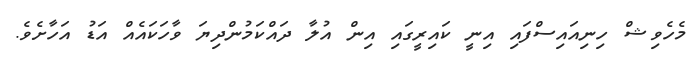
މެހެވިޝް ހިނިއައިސްފައި އިނީ ކައިރީގައި އިން އުލާ ދައްކަމުންދިޔަ ވާހަކައެއް އަޑު އަހާށެވެ.